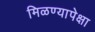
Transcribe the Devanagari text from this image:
मिळण्यापेक्षा